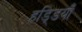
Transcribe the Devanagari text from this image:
हडि्डयाँ